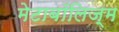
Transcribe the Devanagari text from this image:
मेटाबॉलिज्म